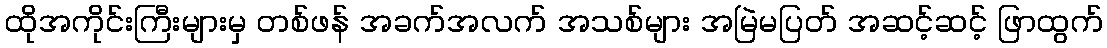
ထိုအကိုင်းကြီးများမှ တစ်ဖန် အခက်အလက် အသစ်များ အမြဲမပြတ် အဆင့်ဆင့် ဖြာထွက်